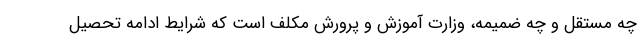
چه مستقل و چه ضمیمه، وزارت آموزش و پرورش مکلف است که شرایط ادامه تحصیل